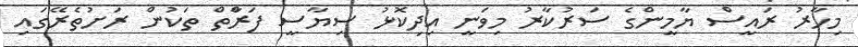
މިހާރު ރައީސް ޔާމީންގެ ސަރުކާރު މިވަނީ އިދިކޮޅު ސިޔާސީ ފަރާްތް ތަކުން ރަށުތެރޭގައި